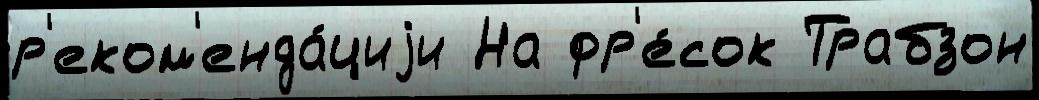
р'еком'енда́циjи На фр'е́сок Трабзон